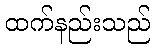
ထက်နည်းသည်